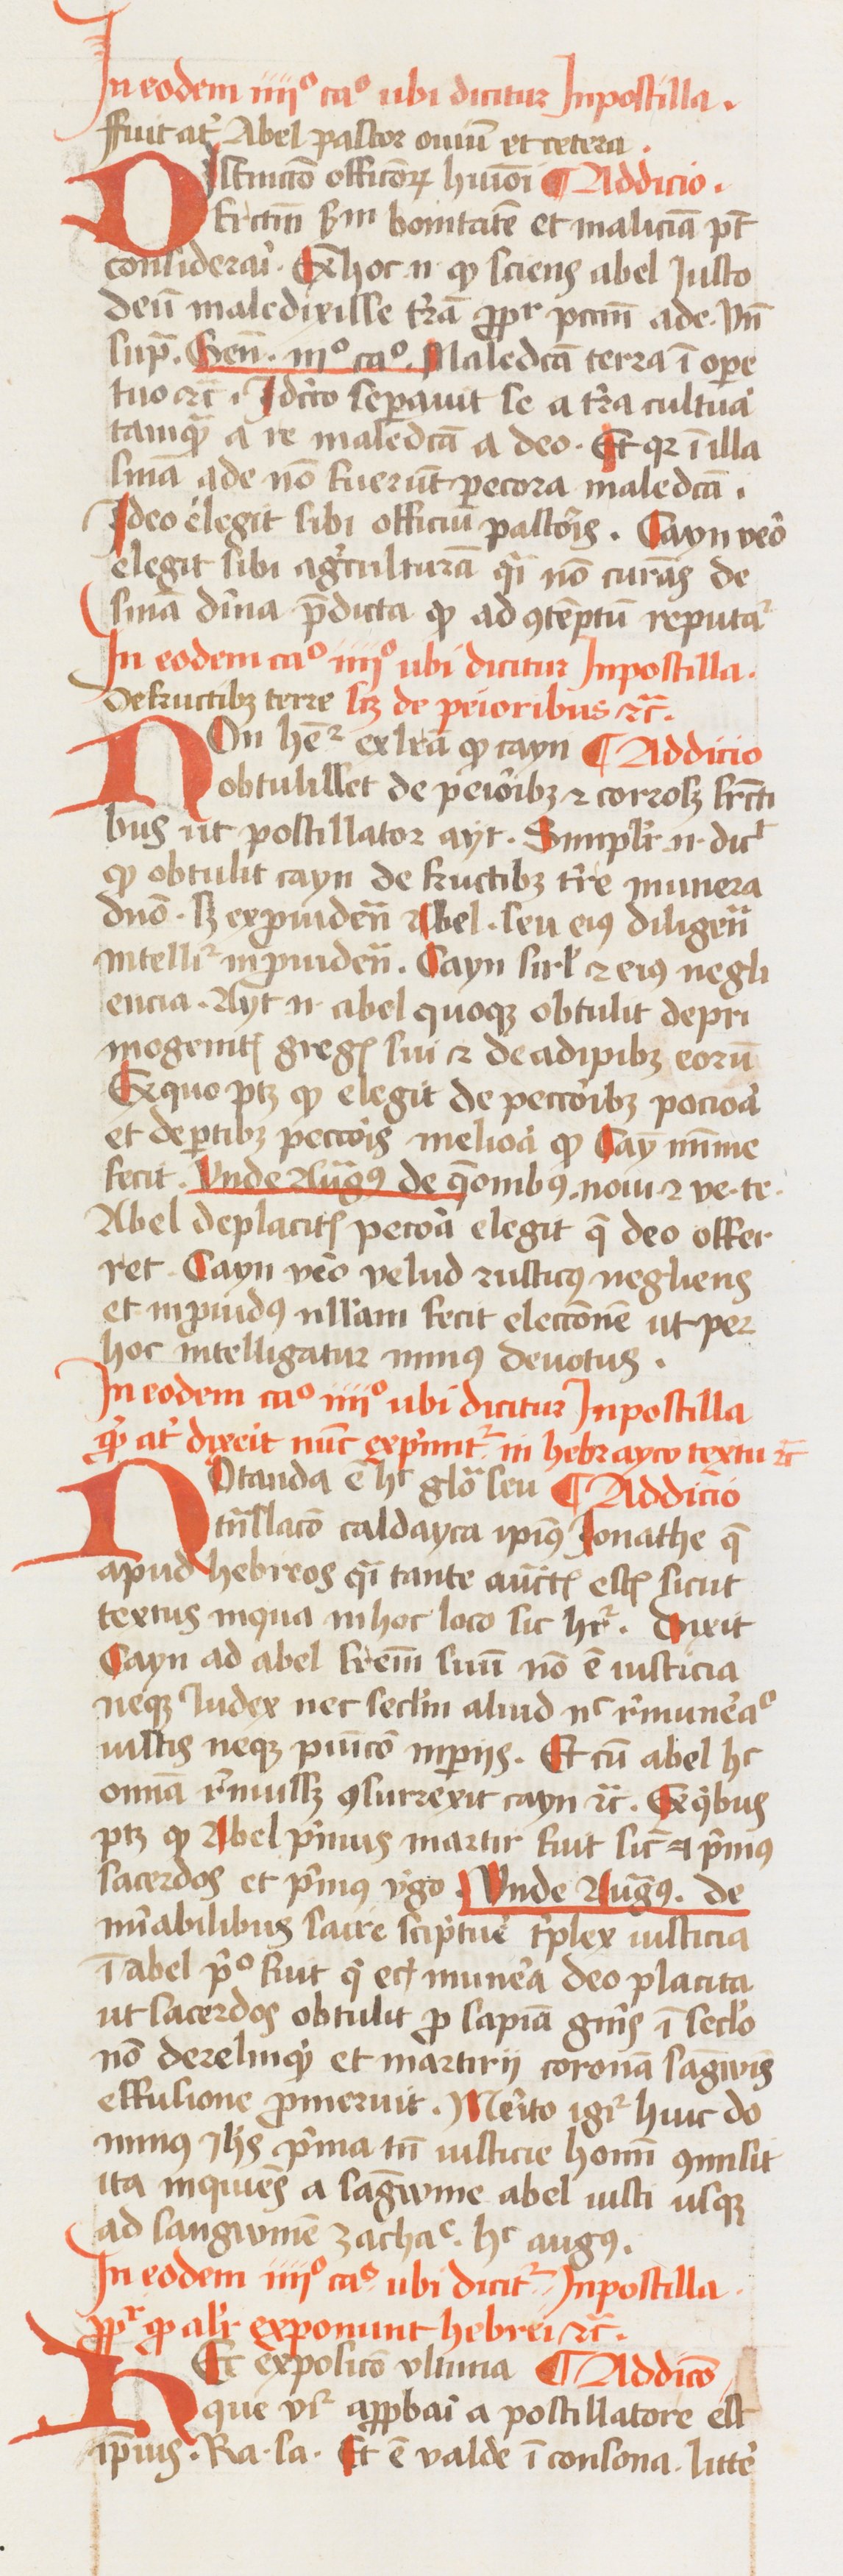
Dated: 1433–1465